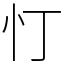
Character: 忊